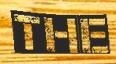
THE